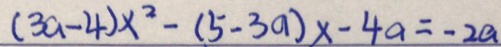
( 3 a - 4 ) x ^ { 2 } - ( 5 - 3 a ) x - 4 a = - 2 a